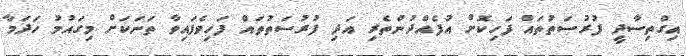
އިގްތިސާދީ ފުރުސަތުތައް ފަހިކޮށް އުފެއްދުންތެރި އަދި ފުރުސަތުތައް ފަހިވެފައިވާ ތަނަކަށް މިގައުމު ހަދަމާ